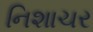
નિશાચર